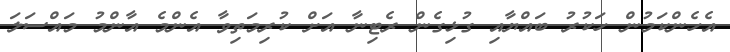
އެހެންކަމުން ހަކުރު ބައްޔާއި ގުޅިގެން ރެޓިނާ އަށް ކުރިމަތިވާ އެންމެ އާންމު މައްސަލަ